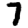
Digit: 7